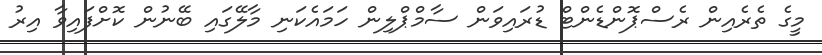
މީގެ ތެރެއިން ރެސްޕޮންޑެންޓް ޑުރައިވަން ސާމްޕްލިން ހަމައެކަނި މާލޭގައި ބޭނުން ކޮށްފައިވާ އިރު